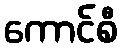
ကောင်စီ